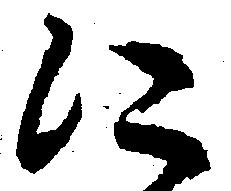
に